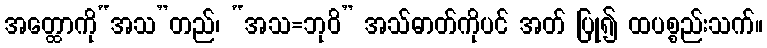
အတ္ထောကို“အသ”တည်၊ “အသ=ဘုဝိ” အသ်ဓာတ်ကိုပင် အတ် ပြု၍ ထပစ္စည်းသက်။